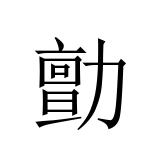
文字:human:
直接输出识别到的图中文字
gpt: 勯